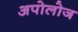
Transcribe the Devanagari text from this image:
अपोलोज